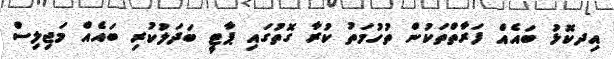
އިދކޮޅު ބައެއް ފަރާތްތަކުން ތުހުމަތު ކުރާ ގޮތުގައި ޕާޓީ ބަދަލުކުރި ބައެއް މަޖިލިސް